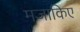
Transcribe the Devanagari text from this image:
मजाकिए